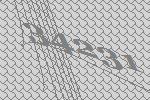
34231